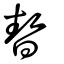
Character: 暬